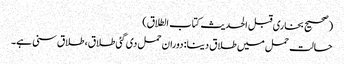
(صحیح بخاری قبل الحدیث کتاب الطلاق)
حالت حمل میں طلاق دینا: دوران حمل دی گئی طلاق، طلاق سنی ہے۔